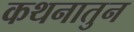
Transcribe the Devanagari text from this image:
कथनातुन